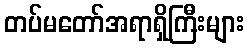
တပ်မတော်အရာရှိကြီးများ